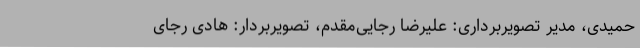
حمیدی، مدیر تصویربرداری: علیرضا رجایی‌مقدم، تصویربردار: هادی رجای